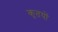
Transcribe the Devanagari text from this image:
कृतयों